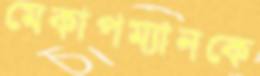
মেকাপম্যানকে